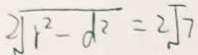
2 \sqrt { r ^ { 2 } - d ^ { 2 } } = 2 \sqrt { 7 }